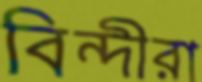
বিন্দীরা